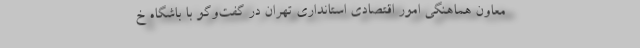
معاون هماهنگی امور اقتصادی استانداری تهران در گفت‌وگو با باشگاه خ